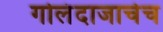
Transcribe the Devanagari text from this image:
गोलंदाजाचेच